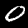
Digit: 0